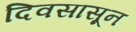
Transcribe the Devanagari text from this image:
दिवसासून